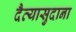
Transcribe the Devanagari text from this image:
दैत्‍यासुदाना